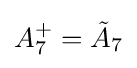
A_{7}^{+}={\tilde {A}}_{7}